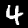
Label: 4